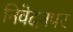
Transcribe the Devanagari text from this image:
निवेदनपर